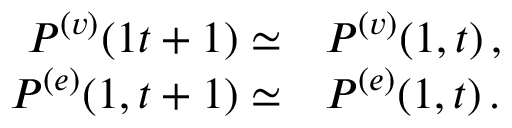
\begin{array} { r } { \begin{array} { r l } { P ^ { ( v ) } ( { 1 } { t + 1 } ) \simeq } & { { } P ^ { ( v ) } ( { 1 } , { t } ) \, , } \\ { P ^ { ( e ) } ( { 1 } , { t + 1 } ) \simeq } & { { } P ^ { ( e ) } ( { 1 } , { t } ) \, . } \end{array} } \end{array}